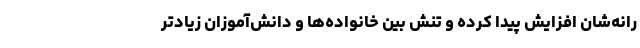
رانه‌شان افزایش پیدا کرده و تنش بین خانواده‌ها و دانش‌آموزان زیادتر